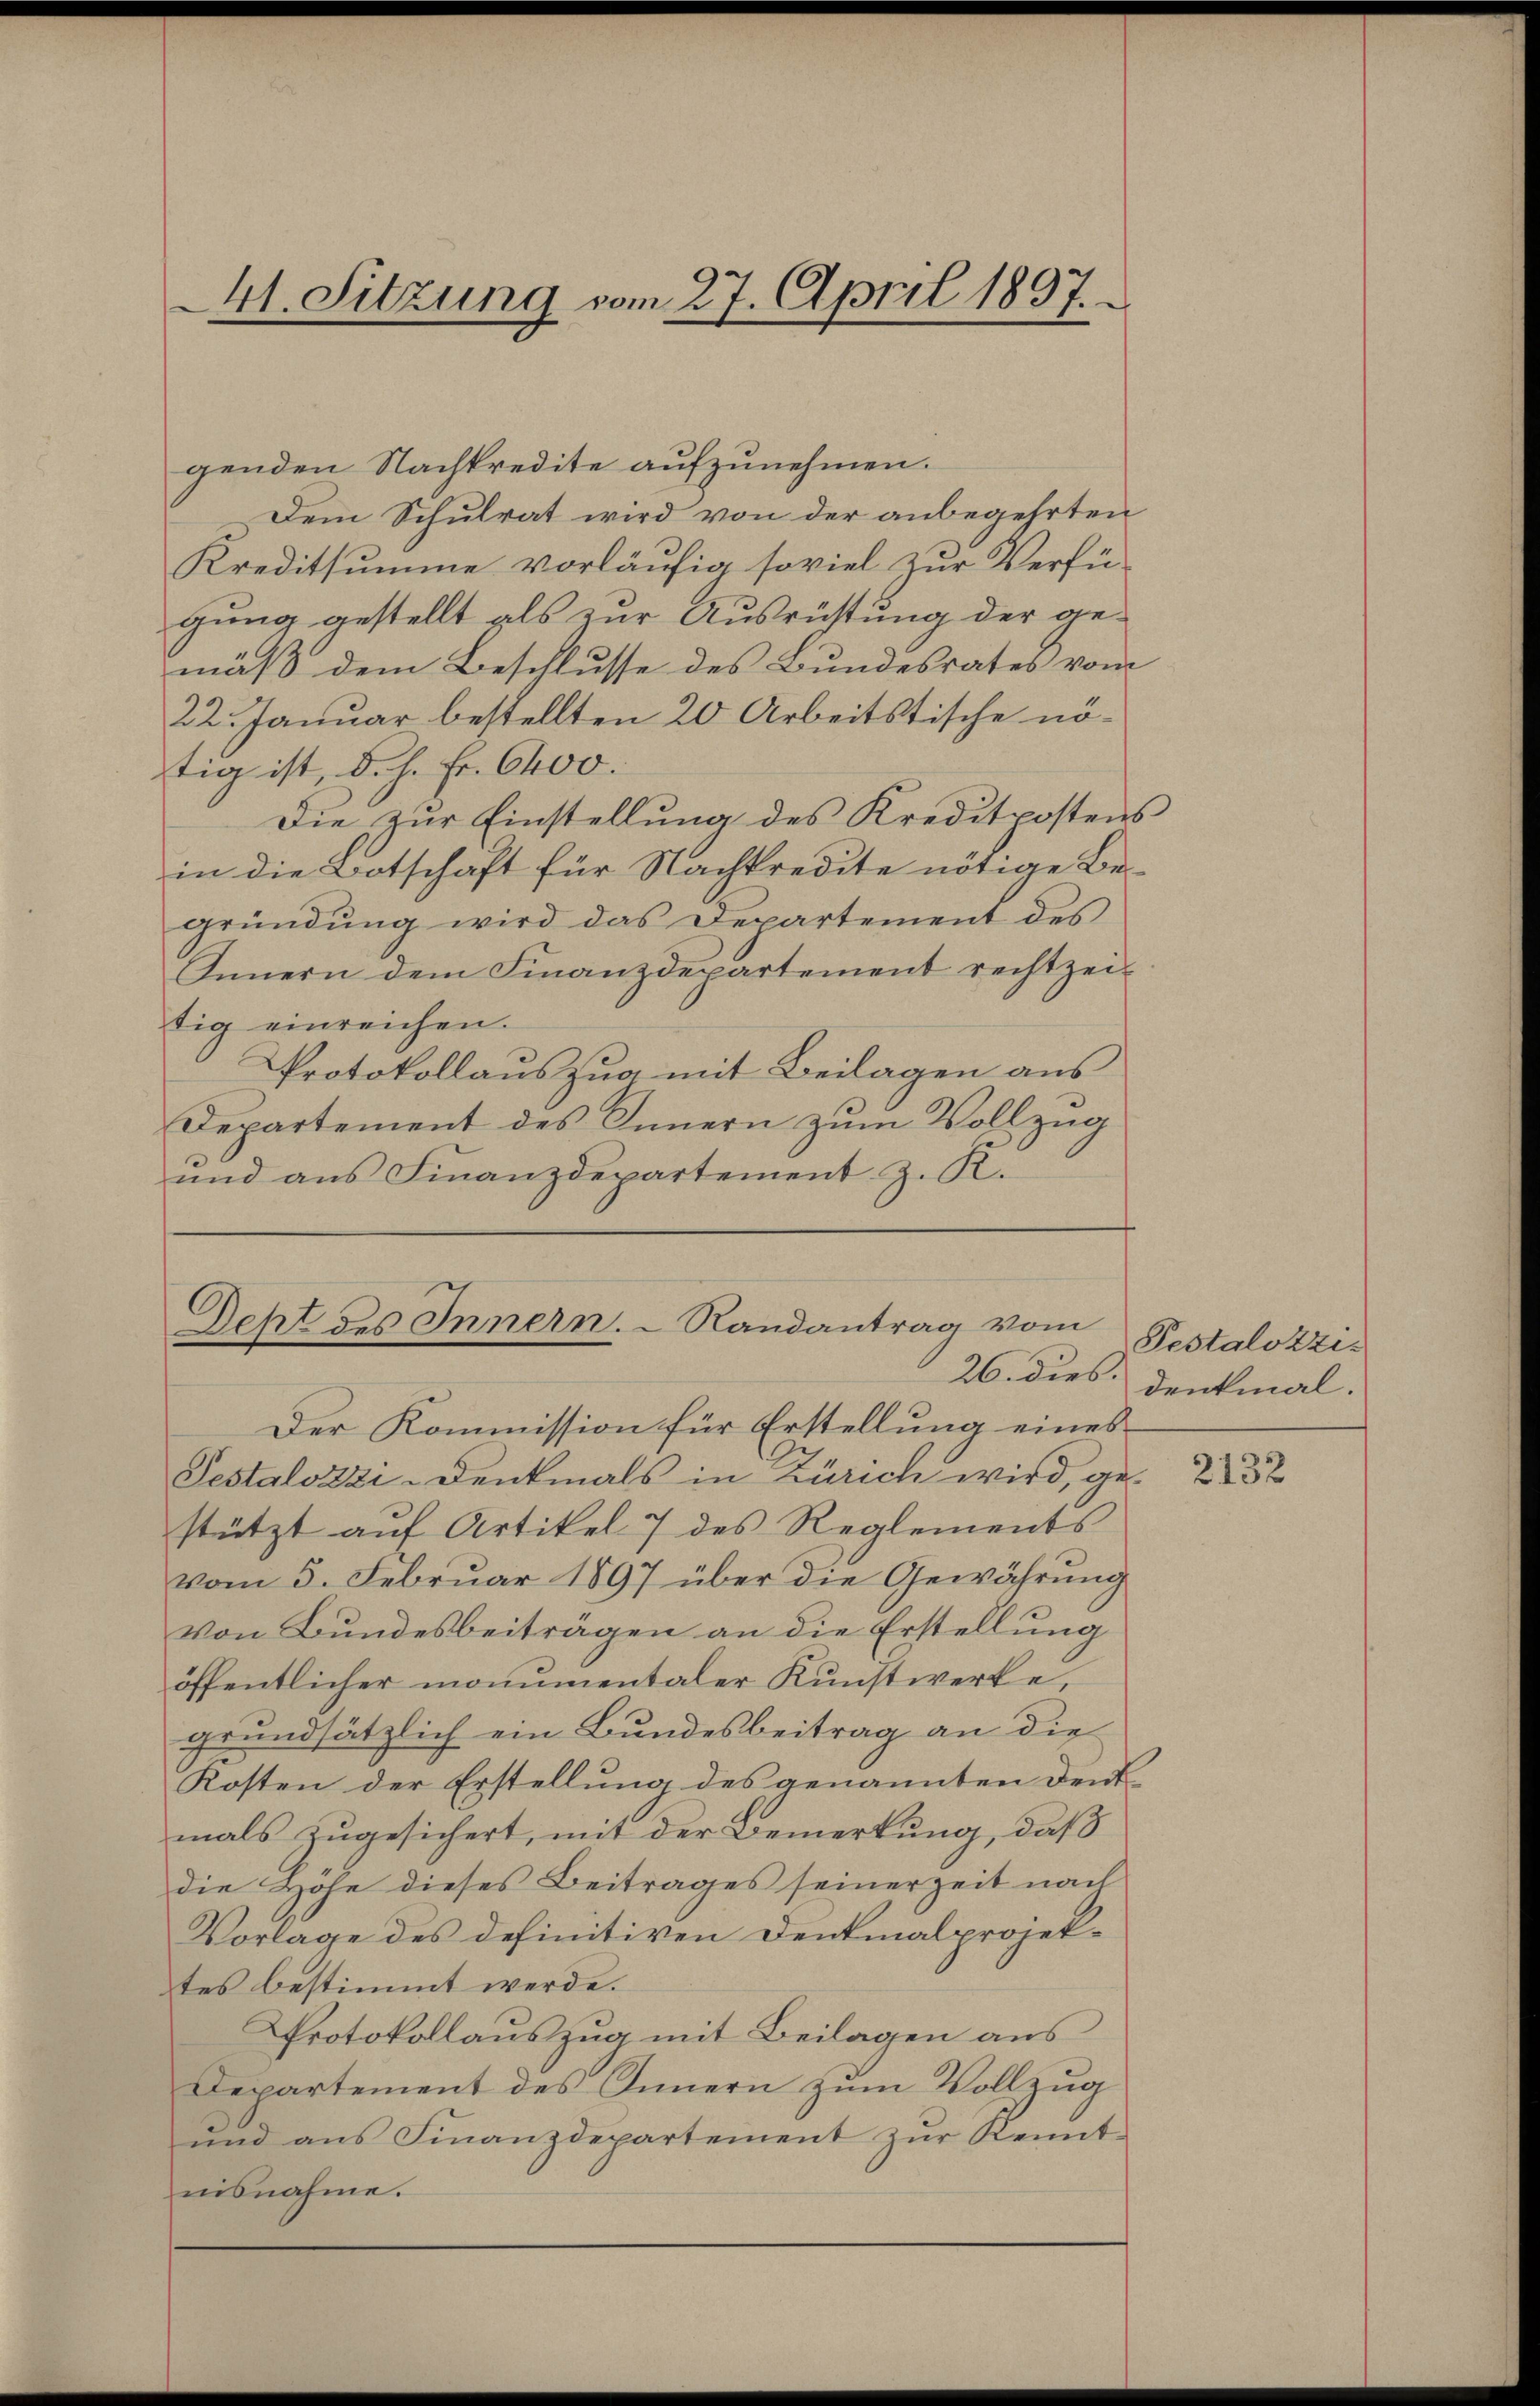
genden Nachkredite aufzunehmen.
Dem Schulrat wird von der anbegehrten
Kreditsumme vorläufig soviel zur Verfü-
gung gestellt als zur Ausrichtung der gemäß dem Beschlusse des Bundesrates vom
22. Januar bestellten 20 Arbeitstische nötig ist, d. h. Fr. 6400.
Die zŭr Einstellŭng des Kreditpostens
in die Botschaft für Nachkredite nötige Be-
gründung wird das Departement des
Innern dem Finanzdepartement rechtzei-
tig einreichen.
Protokollauszug mit Beilagen aus
Departement des Innern zum Vollzug
und ans Finanzdepartement z. K.

41. Sitzung vom 27. April 1897.

Der Kommission für Erstellung eines
Pestalozzi-Denkmals in Zürich wird, ge-
stützt auf Artikel 7 des Reglements
vom 5. Februar 1897 über die Gewährung
von Bundesbeiträgen an die Erstellung
öffentlicher monumentaler Kunstwerke,
grundsätzlich ein Bundesbeitrag an die
Kosten der Erstellung des genannten Deutmals zugesichert, mit der Bemerkung, daß
die Hohe dieses Beitrages seinerzeit nach
Vorlage des definitiven Denkmalprojektes bestimmt werde.
Protokollauszug mit Beilagen aus
Departement des Innern zum Vollzug
und aus Finanzdepartement zur Kenntnisnahme.

Deht des Innern. Randantrag vom
26. dies.

Pestalozzi
denkmal.

2132